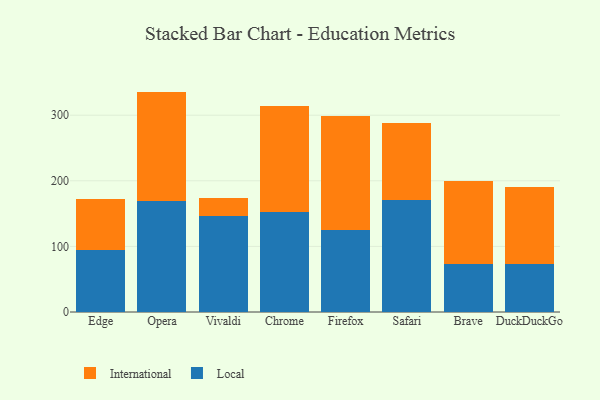
{"axis": {"x": "Browser", "y": "Shipments"}, "legend": ["International", "Local"], "data": [{"x": "Edge", "y": 94.0, "type": "Local"}, {"x": "Edge", "y": 78.4, "type": "International"}, {"x": "Opera", "y": 169.4, "type": "Local"}, {"x": "Opera", "y": 166.6, "type": "International"}, {"x": "Vivaldi", "y": 146.9, "type": "Local"}, {"x": "Vivaldi", "y": 27.5, "type": "International"}, {"x": "Chrome", "y": 153.2, "type": "Local"}, {"x": "Chrome", "y": 161.3, "type": "International"}, {"x": "Firefox", "y": 125.2, "type": "Local"}, {"x": "Firefox", "y": 173.7, "type": "International"}, {"x": "Safari", "y": 170.8, "type": "Local"}, {"x": "Safari", "y": 117.4, "type": "International"}, {"x": "Brave", "y": 72.6, "type": "Local"}, {"x": "Brave", "y": 126.6, "type": "International"}, {"x": "DuckDuckGo", "y": 72.6, "type": "Local"}, {"x": "DuckDuckGo", "y": 118.5, "type": "International"}]}